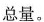
总量。